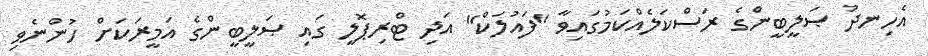
އެހިނދު ޞަލީބީންގެ ރަސްކަލެއްކަމުގައިވާ ''ފައުލަކް'' އަދި ޓްރިޕޮލީ ގައި ޞަލީބީންގެ އަމީރަކަށް ހުންނެވި